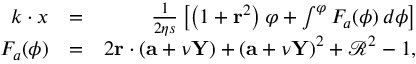
\begin{array} { r l r } { k \cdot x } & { = } & { \frac { 1 } { 2 \eta s } \left[ \left( 1 + \mathbf { r } ^ { 2 } \right) \varphi + \int ^ { \varphi } F _ { a } ( \phi ) \, d \phi \right] } \\ { F _ { a } ( \phi ) } & { = } & { 2 \mathbf { r } \cdot ( \mathbf { a } + \nu \mathbf { Y } ) + \left( \mathbf { a } + \nu \mathbf { Y } \right) ^ { 2 } + \mathcal { R } ^ { 2 } - 1 , } \end{array}